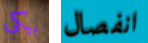
بيكي انفصال